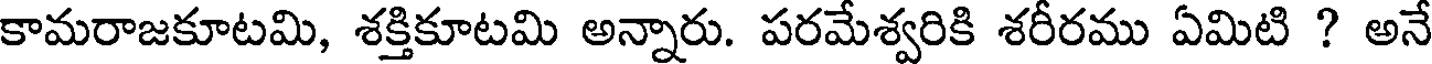
కామరాజకూటమి, శక్తికూటమి అన్నారు. పరమేశ్వరికి శరీరము ఏమిటి ? అనే